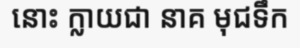
នោះ ក្លាយជា នាគ មុជទឹក